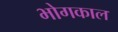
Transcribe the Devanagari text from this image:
भोगकाल